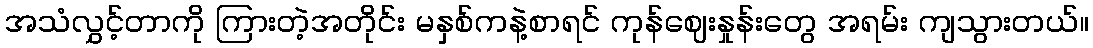
အသံလွှင့်တာကို ကြားတဲ့အတိုင်း မနှစ်ကနဲ့စာရင် ကုန်ဈေးနှုန်းတွေ အရမ်း ကျသွားတယ်။